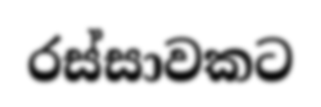
රස්සාවකට